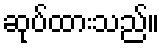
ဆုပ်ထားသည်။